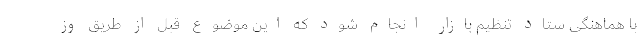
با هماهنگی ستاد تنظیم بازار انجام شود که این موضوع قبل از طریق وز